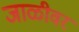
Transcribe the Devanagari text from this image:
जाळीवर